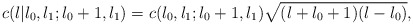
\begin{align*}c(l|l_{0},l_{1};l_{0}+1,l_{1}) = c(l_{0},l_{1};l_{0}+1,l_{1})\sqrt{(l+l_{0}+1)(l-l_{0})},\end{align*}